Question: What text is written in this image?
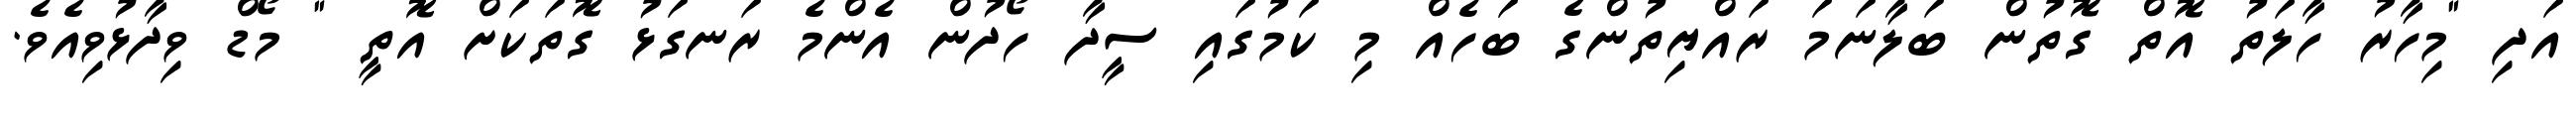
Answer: އަދި "މިހާރު ހާލަތު އޮތް ގޮތުން ބަލާނަމަ ރައްޔިތުންގެ ބަހެއް މި ކަމުގައި ސީދާ ހޯދުން އެންމެ ރަނގަޅު ގޮތަކަށް އޮތީ " މޯޑް ވިދާޅުވިއެވެ.